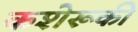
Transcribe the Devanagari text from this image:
कशेरूकी